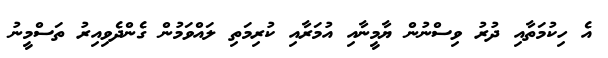
އެ ހިކުމަތާއި ދުރު ވިސްނުން ޔާމީނާއި އުމަރާއި ކުރިމަތި ލައްވަމުން ގެންދެވިއިރު ތަސްމީނު